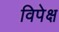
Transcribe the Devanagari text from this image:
विपेक्ष